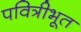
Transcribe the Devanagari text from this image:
पवित्रीभूत